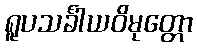
ရူပသင်္ခါယဝိမုတ္တော